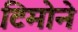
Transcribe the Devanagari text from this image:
टिमोने